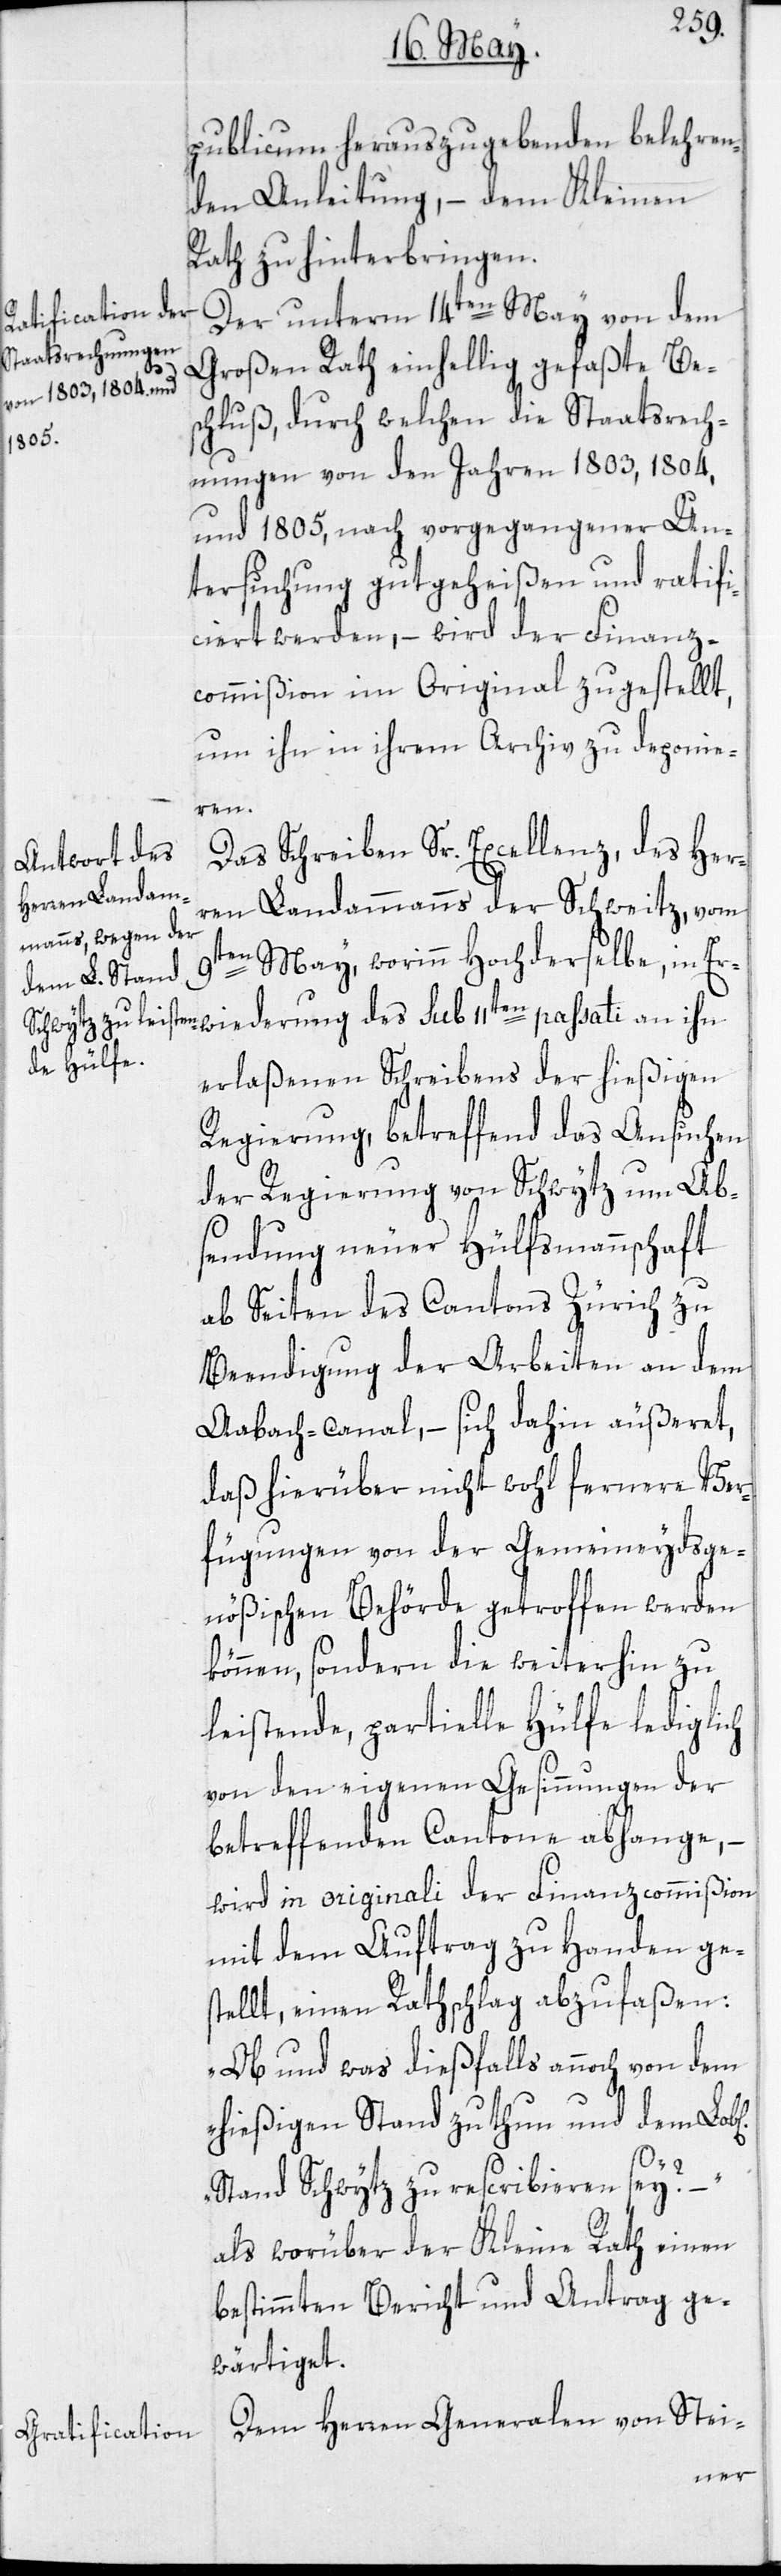
publicum herauszugebenden belehren¬
den Anleitung, – dem Kleinen
Rath zu hinterbringen.
Der unterm 14ten May von dem
Großen Rath einhellig gefaßte Be¬
schluß, durch welchen die Staatsrech¬
nungen von den Jahren 1803, 1804
und 1805, nach vorgegangener Un¬
tersuchung gutgeheißen und ratifi¬
ciert werden, – wird der Finanz¬
commißion im Original zugestellt,
um ihn in ihrem Archiv zu deponie¬
ichen]
Das Schreiben Sr. Excellenz, des Her¬
ren Landammanns der Schweitz, vom
9ten May, worinn Hochderselbe, in Er¬
erlaßenen Schreibens der hießigen
Regierung, betreffend das Ansuchen
der Regierung von Schwytz um Ab¬
sendung neuer Hülfsmannschaft
ab Seiten des Cantons Zürich zu
Beendigung der Arbeiten an dem
Aabach-Canal, – sich dahin äußeret,
daß hierüber nicht wohl fernere Ver¬
fügungen von der Gemeineydsge¬
nößischen Behörde getroffen werden
können, sondern die weiterhin zu
leistende, partielle Hülfe lediglich
von den eigenen Gesinnungen der
betreffenden Cantone abhange, –
wird in originali der Finanzcommißion
mit dem Auftrag zu Handen ge¬
stellt, einen Rathschlag abzufaßen:
„Ob und was dießfalls annoch von dem
hießigen Stand zu thun und dem Lob[l¬
des
Stand Schwytz zu rescribieren sey?
als worüber der Kleine Rath einen
bestimmten Bericht und Antrag ge¬
wärtiget.
Dem Herren Generalen von Stei-